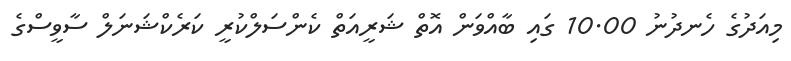
މިއަދުގެ ހެނދުނު 10.00 ގައި ބާއްވަން އޮތް ޝަރީއަތް ކެންސަލްކުރީ ކަރެކްޝަނަލް ސާވީސްގެ